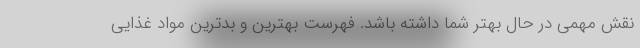
نقش مهمی در حال بهتر شما داشته باشد. فهرست بهترین و بدترین مواد غذایی